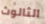
الثالوث